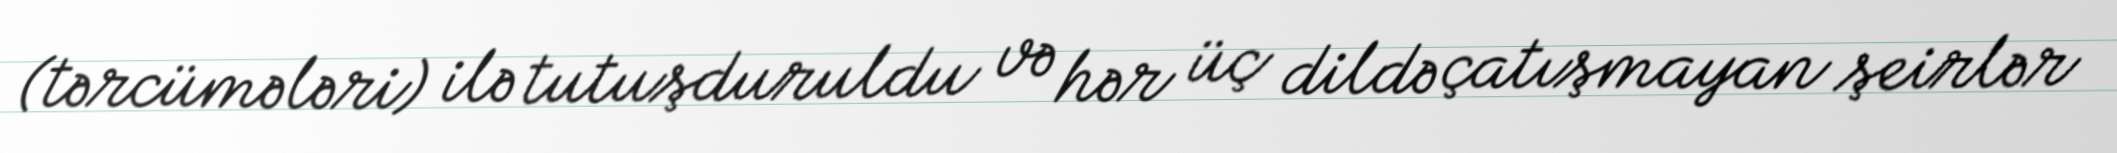
(tərcümələri) ilə tutuşduruldu və hər üç dildə çatışmayan şeirlər